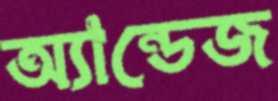
অ্যান্ডেজ